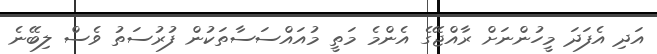
އަދި އެފަދަ މީހުންނަށް ރާއްޖޭގެ އެންމެ މަތީ މުއައްސަސާތަކުން ފުރުސަތު ވެސް ލިބޭނެ